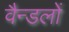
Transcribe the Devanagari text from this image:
वैन्डलों